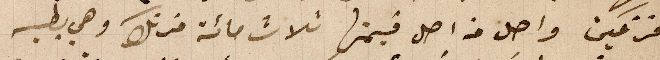
فرنكين واصل من أصل قيمتها ثلاث مائة فرنك وهي بطيه